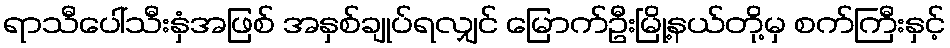
ရာသီပေါ်သီးနှံအဖြစ် အနှစ်ချုပ်ရလျှင် မြောက်ဦးမြို့နယ်တို့မှ စက်ကြီးနှင့်